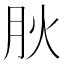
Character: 𭨬